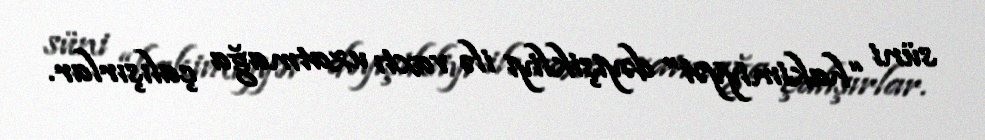
süni “hakimiyyət” dəyişikliyi ilə vaxtı uzatmağa çalışırlar.